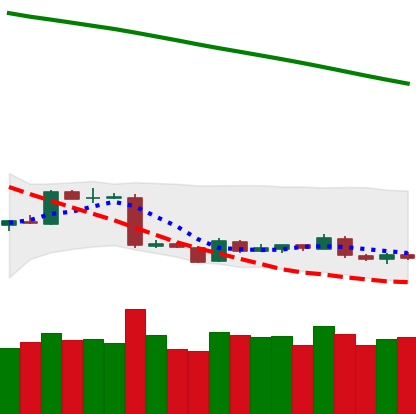
Ticker: BTC-USD
Chart end date: 2019-01-23
Forward return: -3.199%
Label: down_3_5